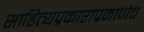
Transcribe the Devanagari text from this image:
साहित्यप्रकाराप्रमाणेच